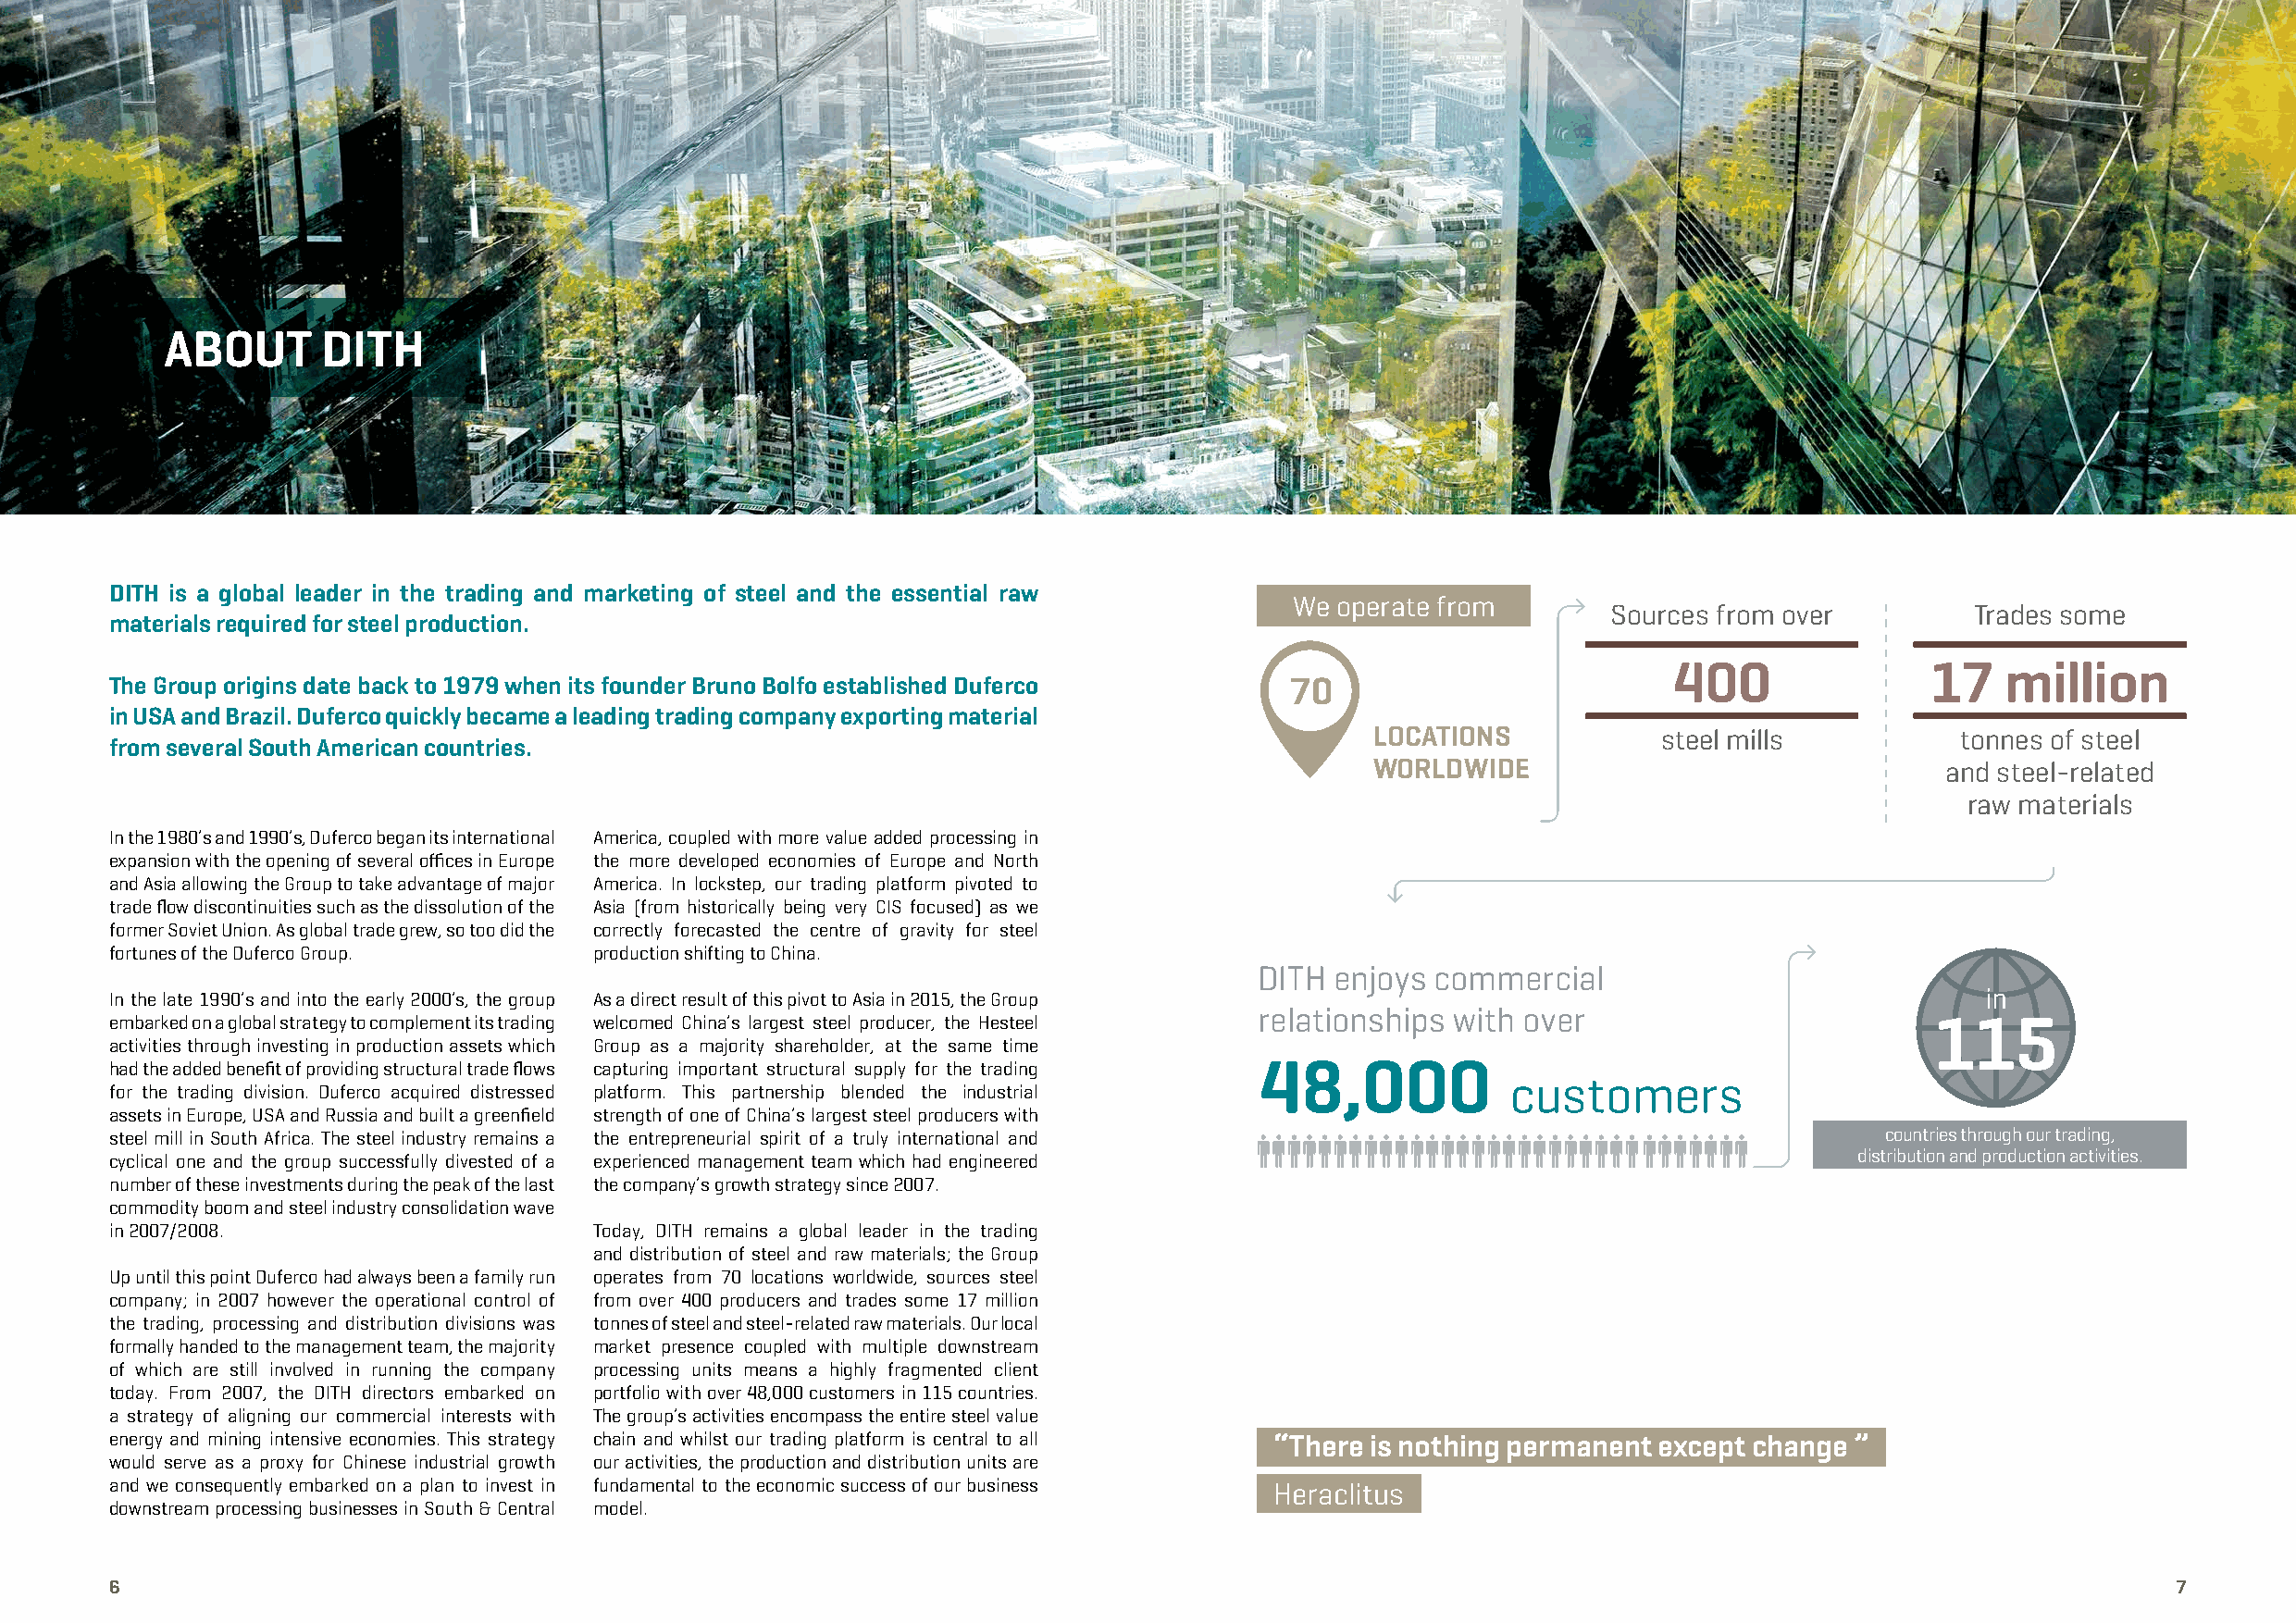
SUSTAINABILITY OUTLOOK 2020                                                                                                                  ABOUT DITH
 ABOUT      DITH
 DITH is a global leader in the trading and marketing of steel and the essential raw
 We  operate from
 Sources from over         Trades some
 materials required for steel production.
 400               17   million
 The Group origins date back to 1979 when its founder Bruno Bolfo established Duferco 70
 in USA and Brazil. Duferco quickly became a leading trading company exporting material
 LOCATIONS            steel mills          tonnes of steel
 from several South American countries.
 WORLDWIDE                                and steel-related
 raw materials
 In the 1980’s and 1990’s, Duferco began its international America, coupled with more value added processing in
 expansion with the opening of several offices in Europe the more developed economies of Europe and North
 and Asia allowing the Group to take advantage of major America. In lockstep, our trading platform pivoted to
 trade flow discontinuities such as the dissolution of the Asia (from historically being very CIS focused) as we
 former Soviet Union. As global trade grew, so too did the correctly forecasted the centre of gravity for steel
 fortunes of the Duferco Group.    production shifting to China.
 DITH enjoys  commercial
 In the late 1990’s and into the early 2000’s, the group As a direct result of this pivot to Asia in 2015, the Group                   in
 relationships with over
 embarked on a global strategy to complement its trading welcomed China’s largest steel producer, the Hesteel                      115
 activities through investing in production assets which Group as a majority shareholder, at the same time
 had the added benefit of providing structural trade flows capturing important structural supply for the trading 48,000
 customers
 for the trading division. Duferco acquired distressed platform. This partnership blended the industrial
 assets in Europe, USA and Russia and built a greenfield strength of one of China’s largest steel producers with
 steel mill in South Africa. The steel industry remains a the entrepreneurial spirit of a truly international and               countries through our trading,
 cyclical one and the group successfully divested of a experienced management team which had engineered                       distribution and production activities.
 number of these investments during the peak of the last the company’s growth strategy since 2007.
 commodity boom and steel industry consolidation wave
 in 2007/2008.                     Today, DITH remains a global leader in the trading
 and distribution of steel and raw materials; the Group
 Up until this point Duferco had always been a family run operates from 70 locations worldwide, sources steel
 company; in 2007 however the operational control of from over 400 producers and trades some 17 million
 the trading, processing and distribution divisions was tonnes of steel and steel-related raw materials. Our local
 formally handed to the management team, the majority market presence coupled with multiple downstream
 of which are still involved in running the company processing units means a highly fragmented client
 today. From 2007, the DITH directors embarked on portfolio with over 48,000 customers in 115 countries.
 a strategy of aligning our commercial interests with The group’s activities encompass the entire steel value
 energy and mining intensive economies. This strategy chain and whilst our trading platform is central to all “There is nothing permanent except change ”
 would serve as a proxy for Chinese industrial growth our activities, the production and distribution units are
 and we consequently embarked on a plan to invest in fundamental to the economic success of our business Heraclitus
 downstream processing businesses in South & Central model.
 66                                                                                                                                                  77